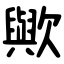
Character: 歟